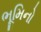
ભૂમિનો